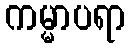
ကမ္မာပရာ